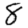
Digit: 8